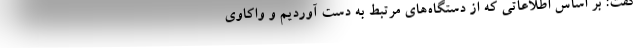
گفت: بر اساس اطلاعاتی که از دستگاه‌های مرتبط به دست آوردیم و واکاوی